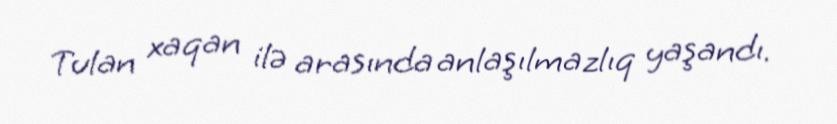
Tulan xaqan ilə arasında anlaşılmazlıq yaşandı.